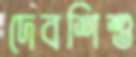
দেবশিশু